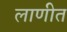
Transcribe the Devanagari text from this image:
लाणीत